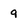
Character: 9